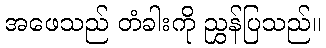
အဖေသည် တံခါးကို ညွှန်ပြသည်။